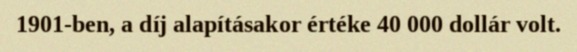
1901-ben, a díj alapításakor értéke 40 000 dollár volt.